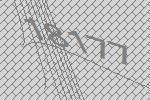
18177